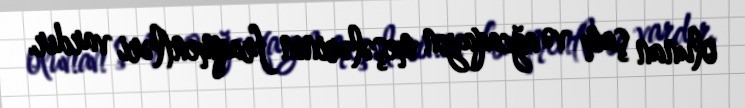
olunan şam və ağcaqayın meşələrinin fraqmentləri vardır.